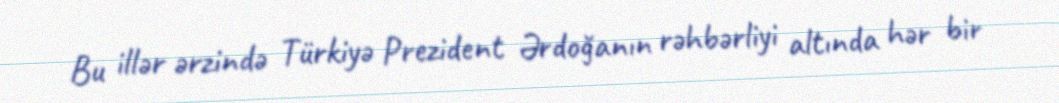
Bu illər ərzində Türkiyə Prezident Ərdoğanın rəhbərliyi altında hər bir